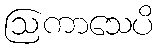
ဩကာသေပိ